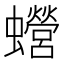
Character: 𧕍